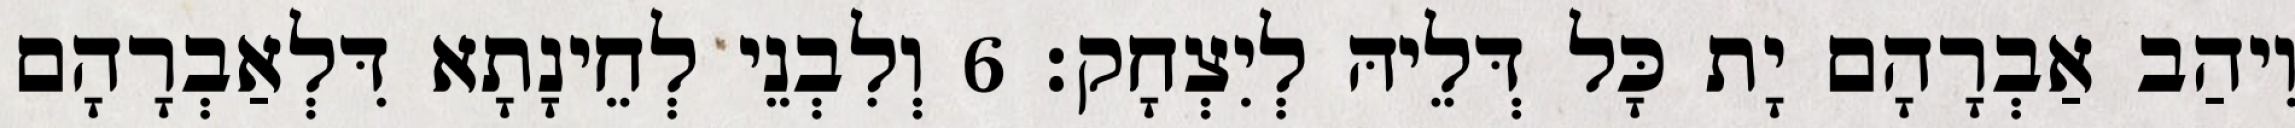
וִיהַב אַבְרָהָם יָת כָּל דְּלֵיהּ לְיִצְחָק׃ 6 וְלִבְנֵי לְחֵינָתָא דִּלְאַבְרָהָם